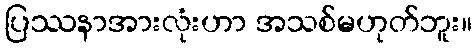
ပြဿနာအားလုံးဟာ အသစ်မဟုတ်ဘူး။